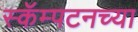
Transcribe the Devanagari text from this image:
स्कॅम्पटनच्या